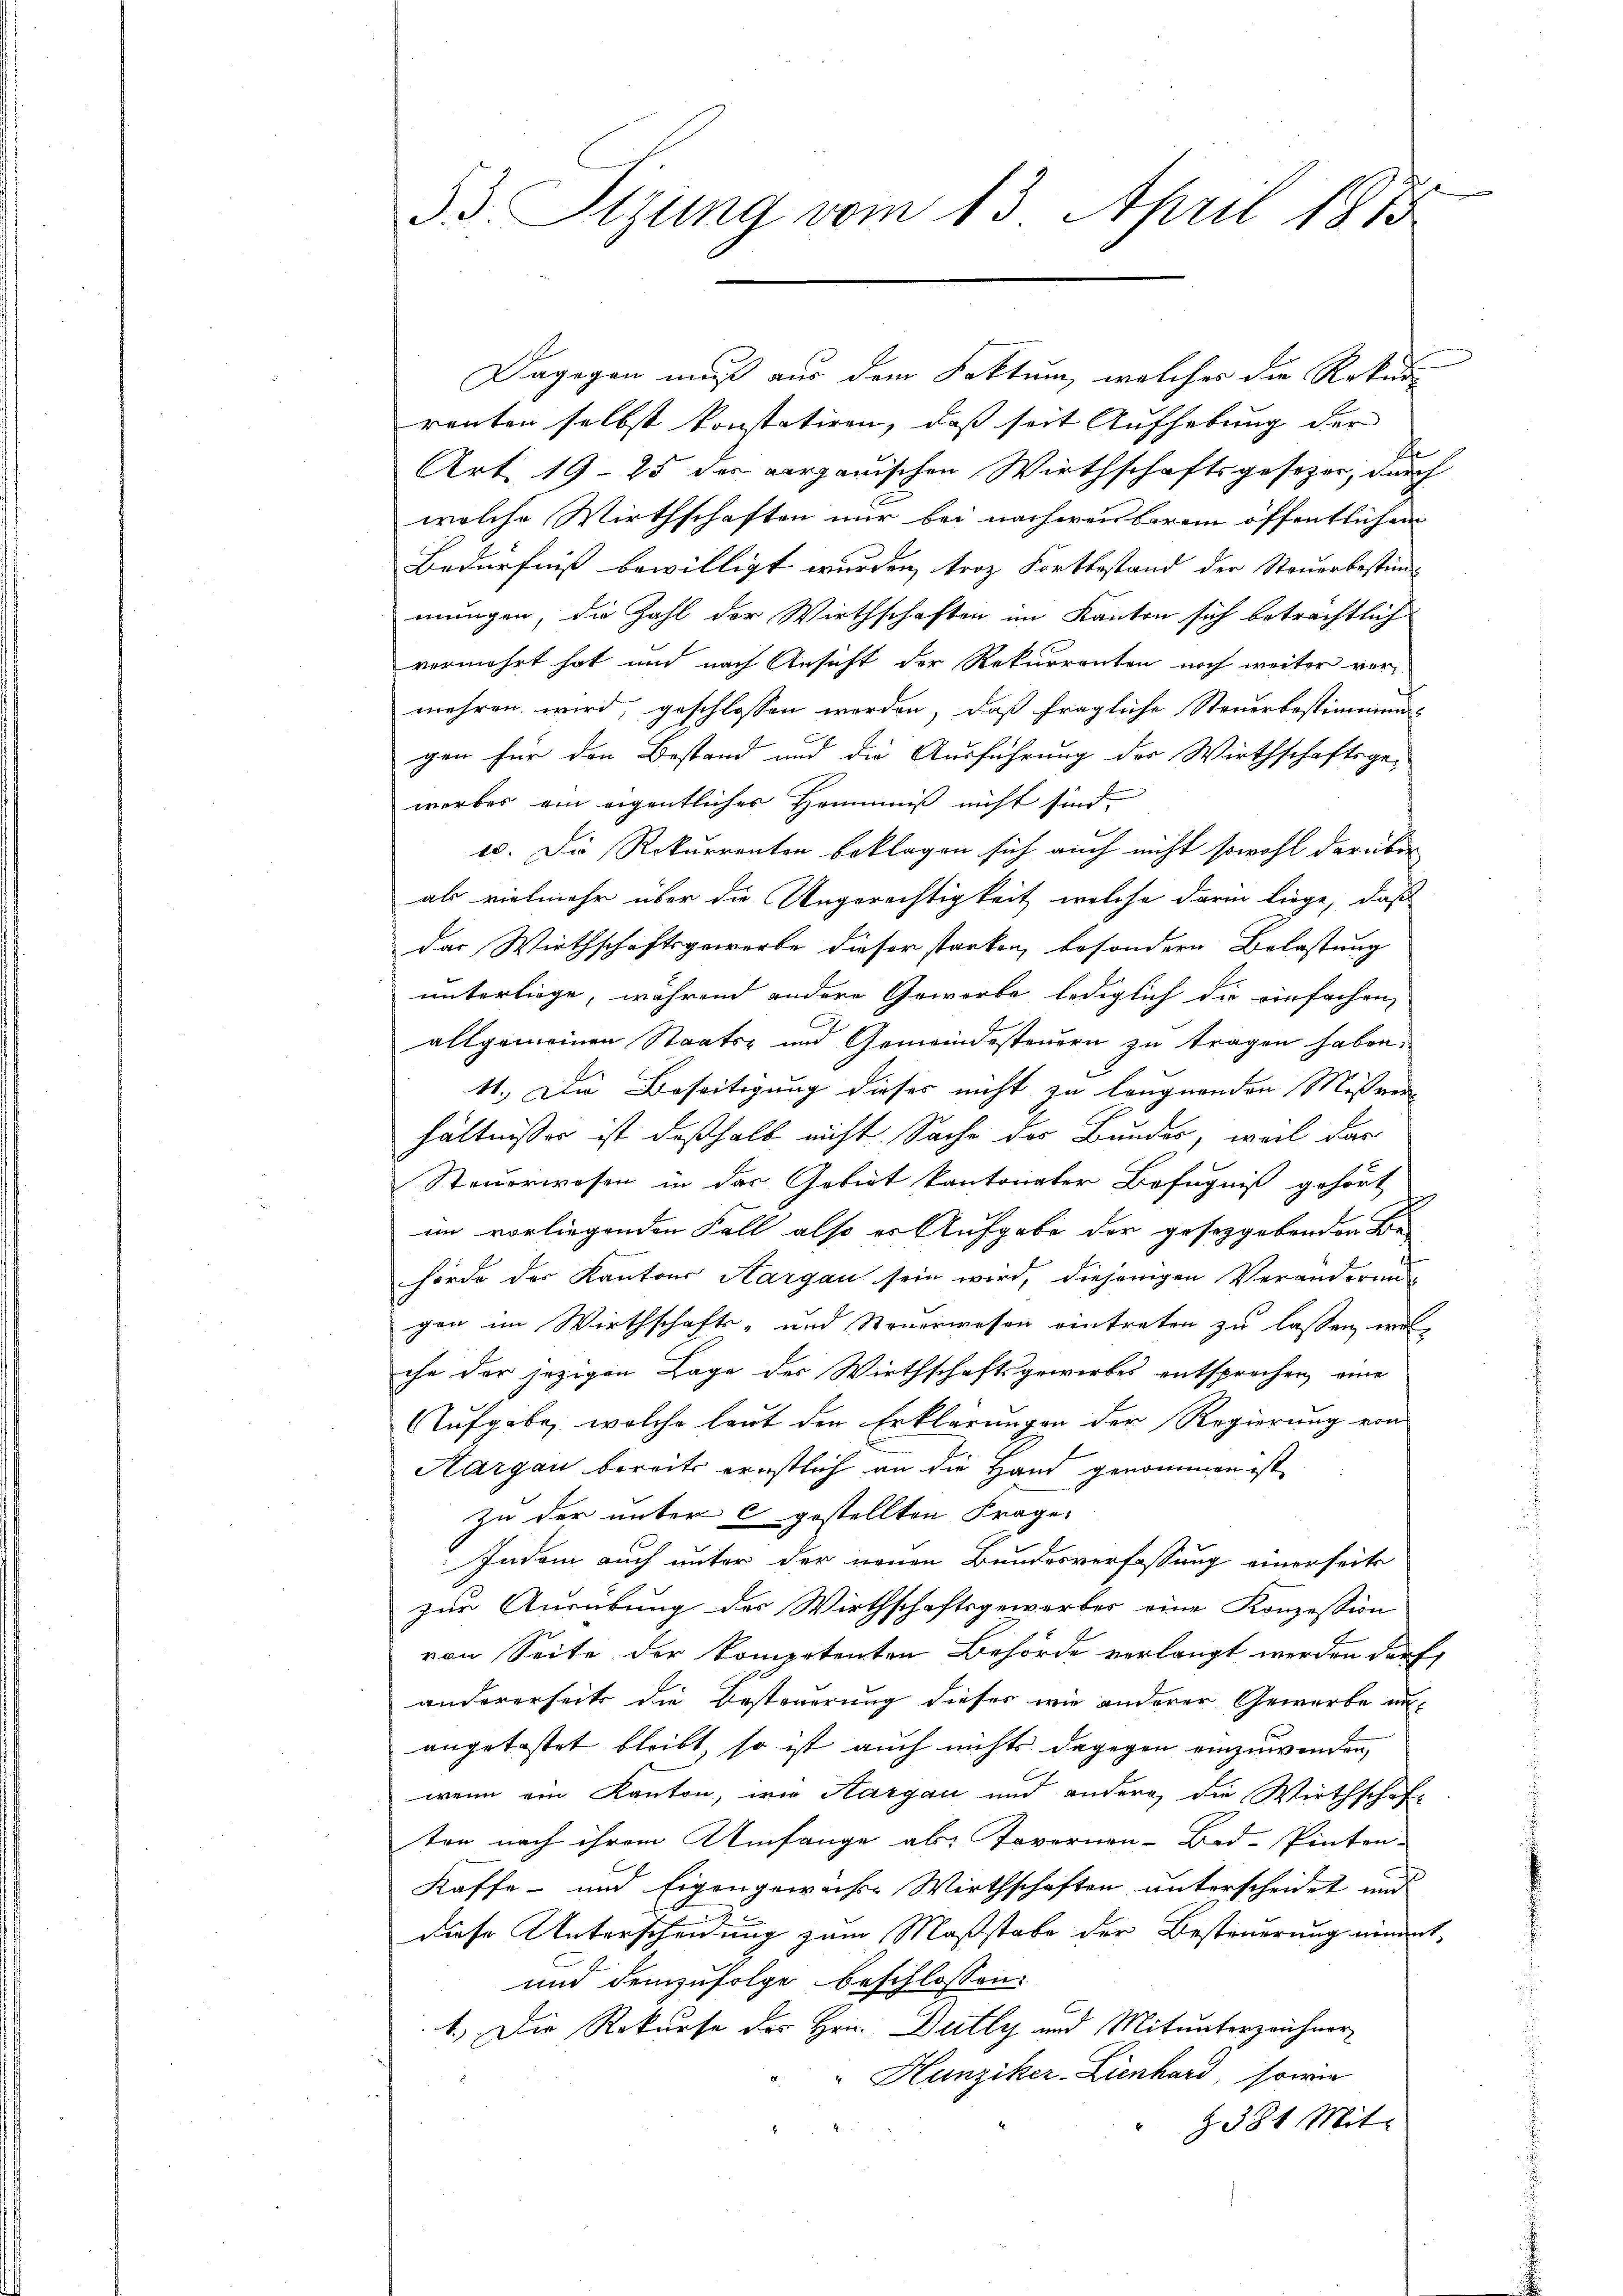
.
53. Sitzung vom 13. April 1875

Dagegen muß aus dem Faktum, welcher die Rekur
renten selbst konstatiren, daß seit Aufhebung der
e
Art. 1925 des aargauischen Wirthschaftsgesezer, durch
welche Wirthschaften nur bei nachweisbarem öffentlichen
Bedürfniß bewilligt wurden, trotz Fortbestand der Steuerbestimm-
mungen, die Zahl der Wirthschaften im Kanton sich beträchtlich
vermehrt hat und nach Ansicht der Rekurrenten noch weiter ver-
mehren wird, geschlossen werden, daß fragliche Steuerbestimmung
gen für den Bestand und die Ausführung der Wirthschaftsgeworbes ein eigentliches Hemmniß nicht sind.
e. Die Rekurrenten beklagen sich auch nicht sowohl darüber
als vielmehr über die Ungerechtigkeit, welche darin liege, daß
das Wirthschaftsgeworbe dieser starken, besondern Belastung
unterliege, während andere Geworbe lediglich die einfachen,
allgemeinen Staats- und Gemeindesteuern zu tragen haben.
11.) Die Beseitigung dieses nicht zu leugnenden Missver
hältnisses ist deßhalb nicht Sache des Bundes, weil das
Steuerwesen in der Gebiet kantonater Befugniß gehört
im vorliegenden Fall also er Aufgabe der gesetzgebenden Be-
hörde der Kantons Aargau sein wird, diejenigen Veränderung
gen im Wirthschafts- und Steuerwesen eintreten zu lassen wir
che der jezigen Lage des Wirthschaftsgewirkes entsprechen, eine
Aufgabe, welche laut den Erklärungen der Regierung von
Aargau bereits ernstlich an die Hand genommen ist
zu der unter c gestellten Frage:
Indem auch unter der neuen Bundesverfassung einerseite
zur Ausübung des Wirthschaftsgewerbes eine Konzession
von Seite der kompetenten Behörde verlangt werden darf,
andererseits die Besteuerung dieses wie anderer Gewerbe unangetastet bleibt, so ist auch nichts dagegen einzuwenden,
wenn ein Kanton, wie Aargau und andere, die Wirthschaft
ten nach ihrem Umfange als Tavernen-Bod-Pinten-
Kaffe - und Eigengewäche Wirthschaften unterscheidet und
diese Unterscheidung zum Maßstabe der Besteuerung nimmt,
und demzufolge beschlossen:
1.) Die Rekurse des Hrn. Dully und Mitunterzeichner
"Hunziker-Lienhard, sowie
§ 381 Mit-